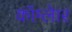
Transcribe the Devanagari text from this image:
कॉम्लेार